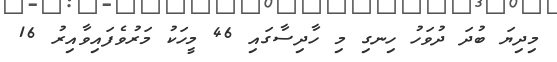
މިދިޔަ ބުދަ ދުވަހު ހިނގި މި ހާދިސާގައި 46 މީހަކު މަރުވެފައިވާއިރު 16